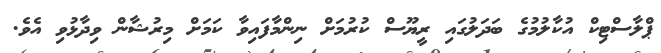
ޕްލާސްޓިކް އުކާލުމުގެ ބަދަލުގައި ރީޔޫސް ކުރުމަށް ނިންމާފައިވާ ކަމަށް މިރުޝާން ވިދާޅުވި އެވެ.